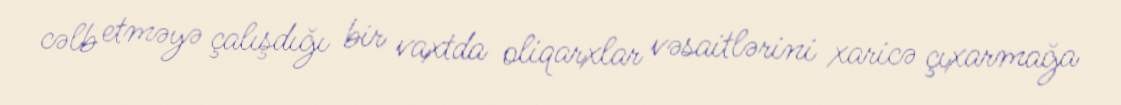
cəlb etməyə çalışdığı bir vaxtda oliqarxlar vəsaitlərini xaricə çıxarmağa